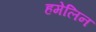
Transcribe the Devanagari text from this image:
हमेलिन